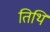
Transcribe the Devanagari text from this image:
तिथि